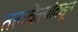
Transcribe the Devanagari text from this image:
तत्त्ववेत्त्यांकडून